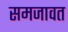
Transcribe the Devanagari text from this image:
समजावत